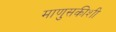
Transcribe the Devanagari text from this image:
माणुसकीशी